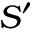
S ^ { \prime }